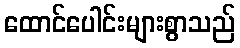
ထောင်ပေါင်းများစွာသည်